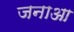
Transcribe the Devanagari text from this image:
जनाआ